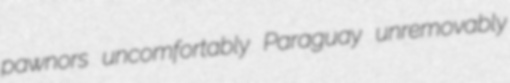
pawnors uncomfortably Paraguay unremovably